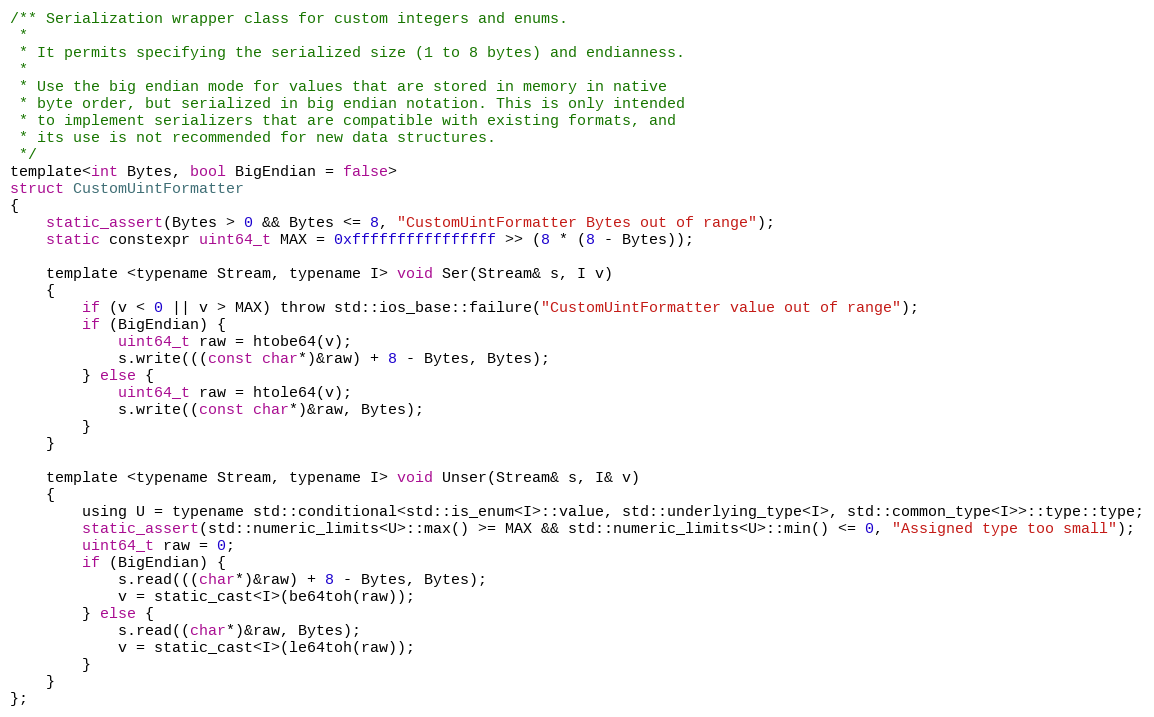
Language: C
/** Serialization wrapper class for custom integers and enums.
 *
 * It permits specifying the serialized size (1 to 8 bytes) and endianness.
 *
 * Use the big endian mode for values that are stored in memory in native
 * byte order, but serialized in big endian notation. This is only intended
 * to implement serializers that are compatible with existing formats, and
 * its use is not recommended for new data structures.
 */
template<int Bytes, bool BigEndian = false>
struct CustomUintFormatter
{
    static_assert(Bytes > 0 && Bytes <= 8, "CustomUintFormatter Bytes out of range");
    static constexpr uint64_t MAX = 0xffffffffffffffff >> (8 * (8 - Bytes));

    template <typename Stream, typename I> void Ser(Stream& s, I v)
    {
        if (v < 0 || v > MAX) throw std::ios_base::failure("CustomUintFormatter value out of range");
        if (BigEndian) {
            uint64_t raw = htobe64(v);
            s.write(((const char*)&raw) + 8 - Bytes, Bytes);
        } else {
            uint64_t raw = htole64(v);
            s.write((const char*)&raw, Bytes);
        }
    }

    template <typename Stream, typename I> void Unser(Stream& s, I& v)
    {
        using U = typename std::conditional<std::is_enum<I>::value, std::underlying_type<I>, std::common_type<I>>::type::type;
        static_assert(std::numeric_limits<U>::max() >= MAX && std::numeric_limits<U>::min() <= 0, "Assigned type too small");
        uint64_t raw = 0;
        if (BigEndian) {
            s.read(((char*)&raw) + 8 - Bytes, Bytes);
            v = static_cast<I>(be64toh(raw));
        } else {
            s.read((char*)&raw, Bytes);
            v = static_cast<I>(le64toh(raw));
        }
    }
};